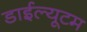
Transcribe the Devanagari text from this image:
डाईल्यूटम